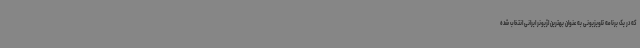
که در یک برنامه تلویزیونی به عنوان بهترین لژیونر ایرانی انتخاب شده